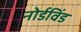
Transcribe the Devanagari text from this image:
नोर्डविंड